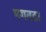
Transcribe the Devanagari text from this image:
मगवटा